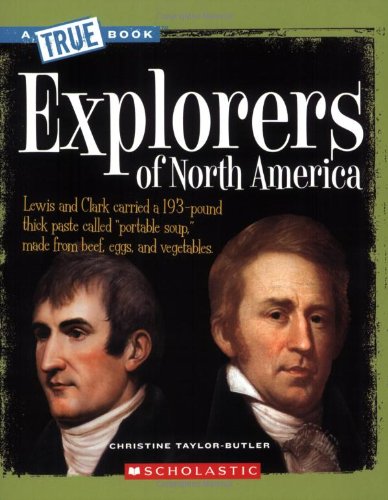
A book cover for Explorers of North America (True Books: American History); Christine Taylor-Butler; Children's Books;